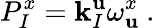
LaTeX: {P}_{I}^{x}=\mathbf{k}_{I}^{\mathbf{u}}\omega_{\mathbf{u}}^{x}\ .